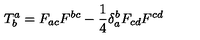
T _ { b } ^ { a } = F _ { a c } F ^ { b c } - \frac { 1 } { 4 } \delta _ { a } ^ { b } F _ { c d } F ^ { c d }